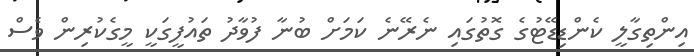
އިންތިގާލީ ކެންޑިޑޭޓުގެ ގޮތުގައި ނެރޭނެ ކަމަށް ބުނާ ފުވާދު ތައުފީގަކީ މީގެކުރިން ވެސް